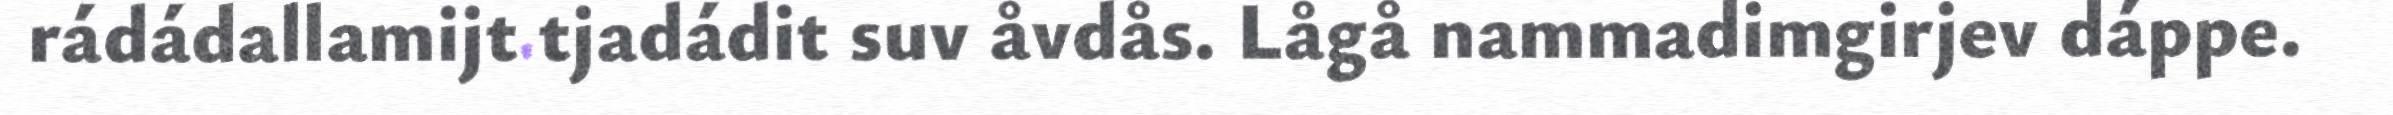
rádádallamijt tjadádit suv åvdås. Lågå nammadimgirjev dáppe.